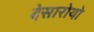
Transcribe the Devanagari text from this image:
देसारोयो